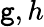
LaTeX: \mathtt{g},h